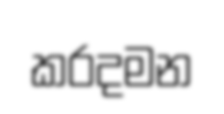
කරදමන